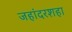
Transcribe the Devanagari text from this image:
जहांदरशहा